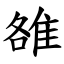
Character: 雒